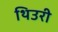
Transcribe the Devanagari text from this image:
थिउरी